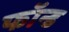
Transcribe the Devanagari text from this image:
फॉन्ड